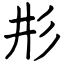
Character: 𢒈